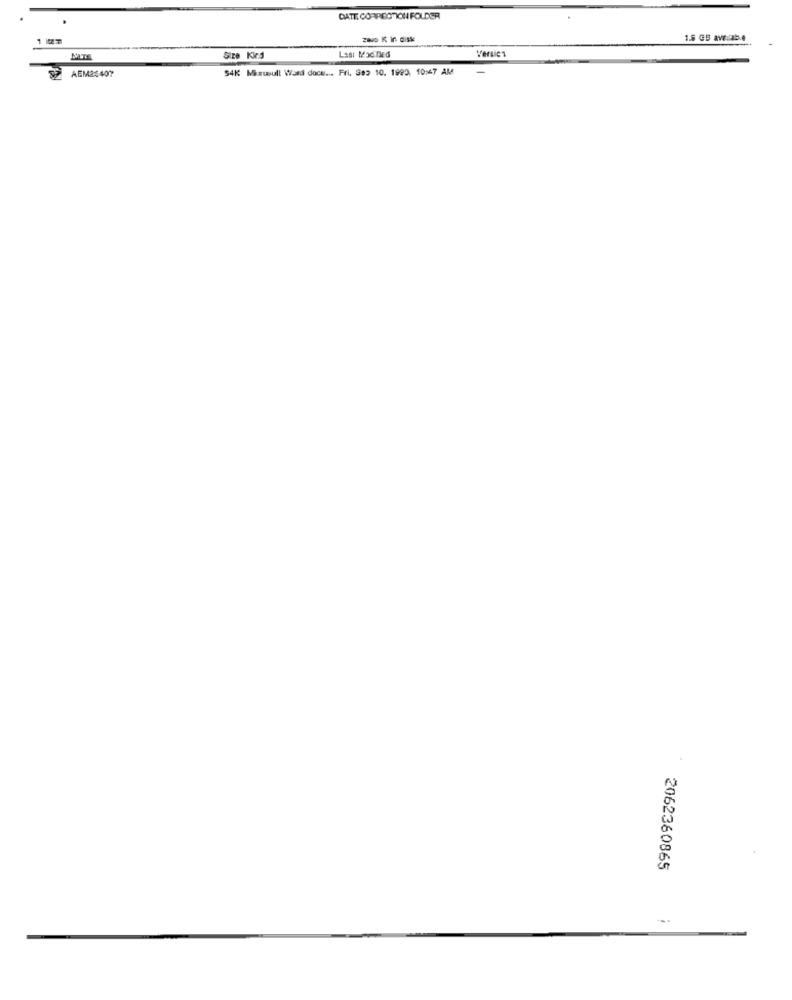
CATE CORRECTION FOLDER
1 102-777
Zwo K In disk
1.5 GB aw:b.e
Lasi MacTiEd
Versies
54K Mixwull Ward doce ... Fri. 383 10. 1900, 10:47 AM
AEM25407
2062360865